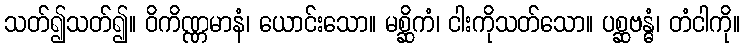
သတ်၍သတ်၍။ ဝိကိဏ္ဏမာနံ၊ ယောင်းသော။ မစ္ဆိကံ၊ ငါးကိုသတ်သော။ ပစ္ဆဗန္ဓံ၊ တံငါကို။